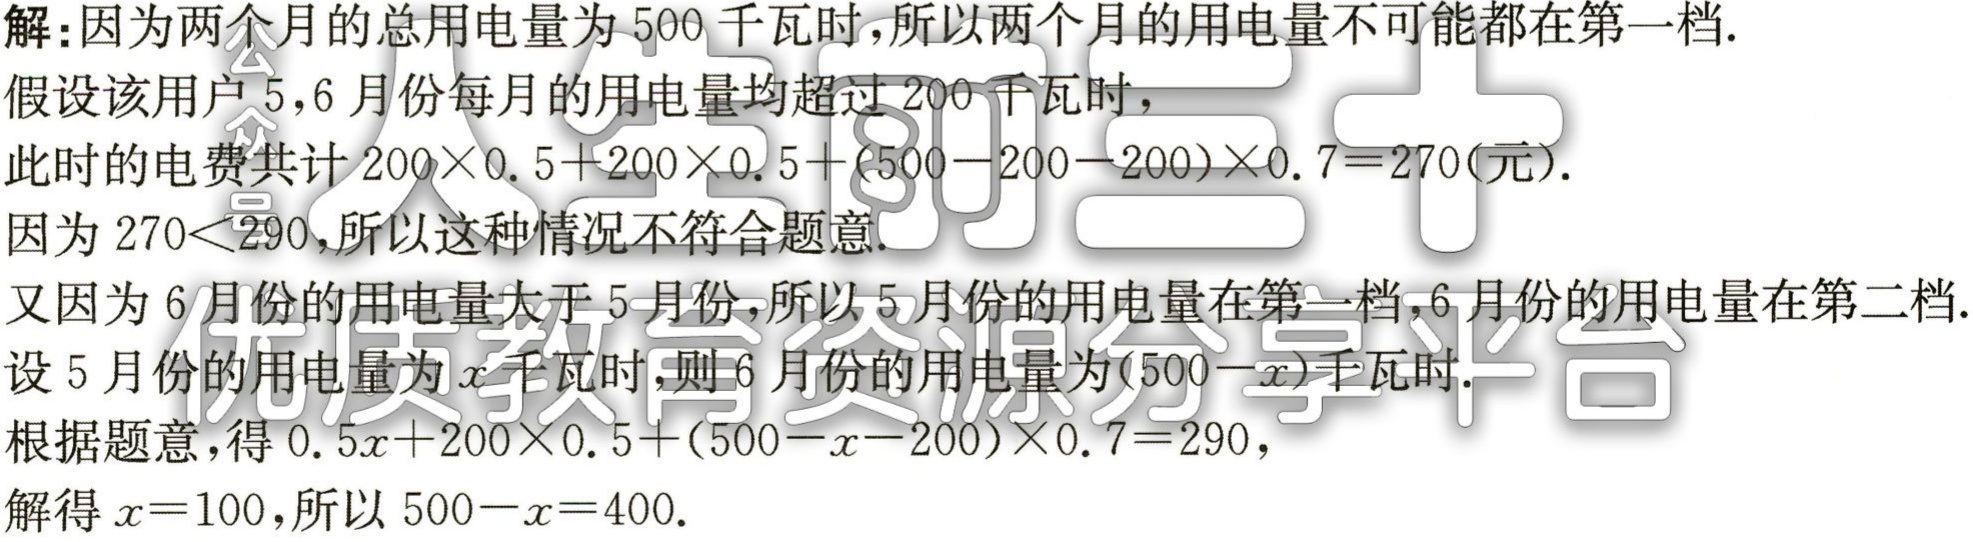
解：因为两个月的总用电量为 \(500\) 千瓦时，所以两个月的用电量不可能都在第一档.

假设该用户 \(5,6\) 月份每月的用电量均超过 \(200\) 千瓦时，

此时的电费共计 \(200\times0.5 + 200\times0.5+(500 - 200 - 200)\times0.7 = 270\) (元).

因为 \(270<290\)，所以这种情况不符合题意.

又因为 \(6\) 月份的用电量大于 \(5\) 月份，所以 \(5\) 月份的用电量在第一档，\(6\) 月份的用电量在第二档.

设 \(5\) 月份的用电量为 \(x\) 千瓦时，则 \(6\) 月份的用电量为 \((500 - x)\) 千瓦时.

根据题意，得 \(0.5x+200\times0.5+(500 - x - 200)\times0.7 = 290\)，

解得 \(x = 100\)，所以 \(500 - x = 400\).